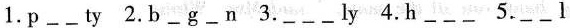
1.p____ ____ty2.b____g____n3.____ ____ly4.h_____ ______ _____5._____ _____ l